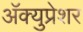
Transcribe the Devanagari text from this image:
अॅक्युप्रेशर